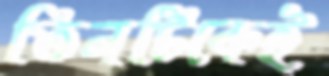
তিনটিকেই